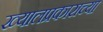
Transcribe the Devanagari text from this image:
ख्यालप्रकाराच्या